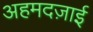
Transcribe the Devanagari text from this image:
अहमदज़ाई